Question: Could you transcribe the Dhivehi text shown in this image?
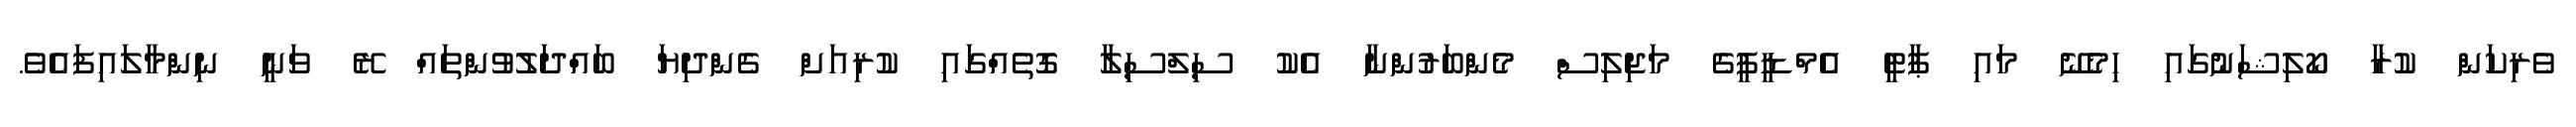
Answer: ވެރިކަން ކުރާ ކޯލިޝަނުގައި ހިމެނޭ މައި ޕާޓީ އެމްޑީޕީގެ މަޖިލިސް މެންބަރުންނާ އެކު ސިލްސިލާ ގޮތެއްގައި ކުރިއަށް ގެންދިޔަ ބައްދަލުވުންތައް ރޭ ވަނީ ނިންމާލައިފައެވެ.